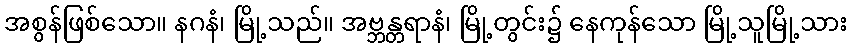
အစွန်ဖြစ်သော။ နဂနံ၊ မြို့သည်။ အဗ္ဘန္တရာနံ၊ မြို့တွင်း၌ နေကုန်သော မြို့သူမြို့သား